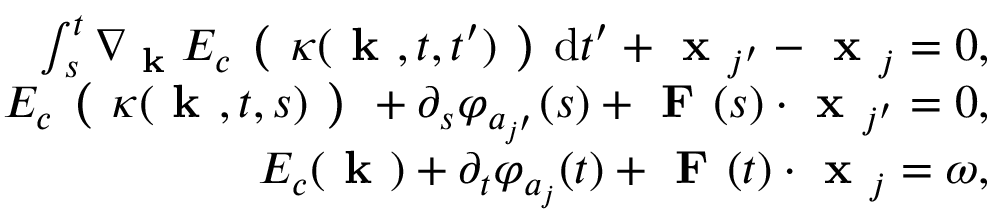
\begin{array} { r } { \int _ { s } ^ { t } \nabla _ { \textbf { k } } E _ { c } \textbf { ( } \kappa ( \textbf { k } , t , t ^ { \prime } ) \textbf { ) } \mathrm { d } t ^ { \prime } + \textbf { x } _ { j ^ { \prime } } - \textbf { x } _ { j } = 0 , } \\ { E _ { c } \textbf { ( } \kappa ( \textbf { k } , t , s ) \textbf { ) } + \partial _ { s } \varphi _ { a _ { j ^ { \prime } } } ( s ) + \textbf { F } ( s ) \cdot \textbf { x } _ { j ^ { \prime } } = 0 , } \\ { E _ { c } ( \textbf { k } ) + \partial _ { t } \varphi _ { a _ { j } } ( t ) + \textbf { F } ( t ) \cdot \textbf { x } _ { j } = \omega , } \end{array}